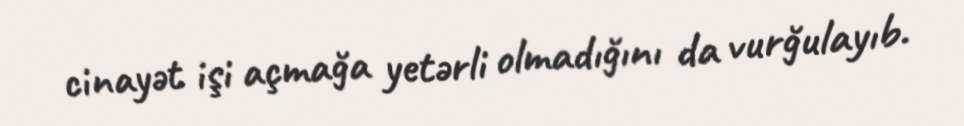
cinayət işi açmağa yetərli olmadığını da vurğulayıb.